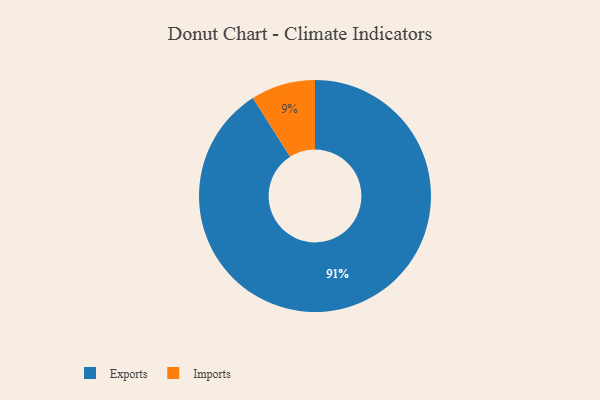
{"axis": {"x": "Category", "y": "Percentage"}, "legend": ["Exports", "Imports"], "data": [{"x": "Exports", "y": 91, "type": "Exports"}, {"x": "Imports", "y": 9, "type": "Imports"}]}